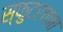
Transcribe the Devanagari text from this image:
स्फुटरचना